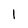
Character: I